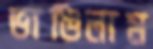
ভাঙিলাম